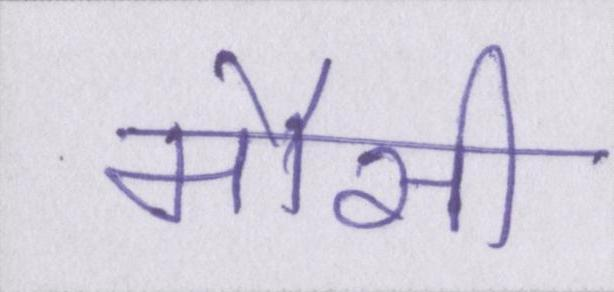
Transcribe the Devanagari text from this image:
मौसी